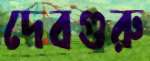
দেবগুরু